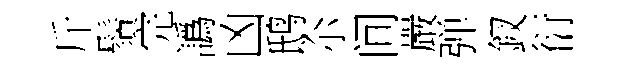
斤鬚完譌凶鸱尒间嚴弹釵衍